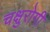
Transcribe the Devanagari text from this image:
चक्षुरोगी